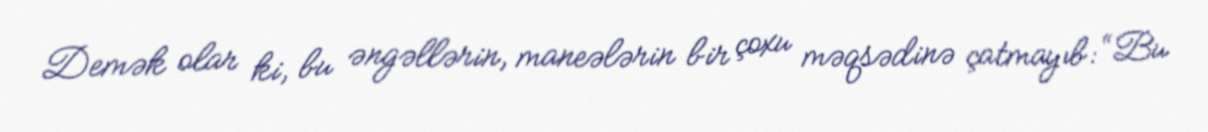
Demək olar ki, bu əngəllərin, maneələrin bir çoxu məqsədinə çatmayıb: “Bu